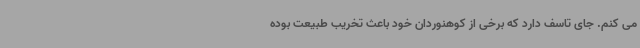
می کنم. جای تاسف دارد که برخی از کوهنوردان خود باعث تخریب طبیعت بوده